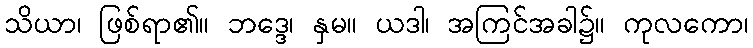
သိယာ၊ ဖြစ်ရာ၏။ ဘဒ္ဒေ၊ နှမ။ ယဒါ၊ အကြင်အခါ၌။ ကုလကော၊